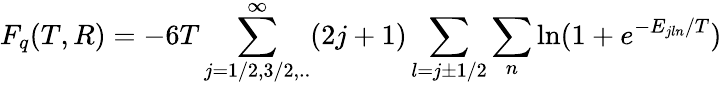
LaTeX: F_{q}(T,R)=-6T\sum_{j=1/2,3/2,..}^{\infty}(2j+1)\sum_{l=j\pm 1/2}\sum_{n}\ln(1+e^{-E_{jln}/T})